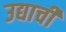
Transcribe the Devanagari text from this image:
उद्याची